Annual administration and progress report of the Indian Medical Department, Bombay
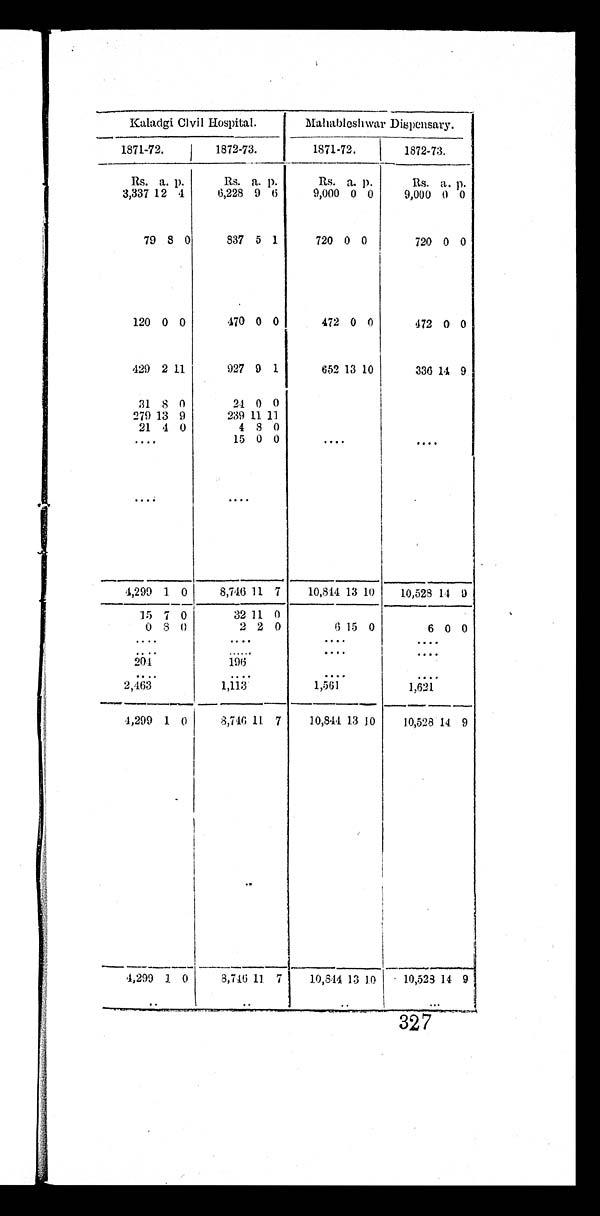
Kaladgi Clvil Hospital.
Mahableshwar Dispensary.
1 8 7 1 - 7 2 .
1872-73.
1871-72.
1872-73.
Rs. a. p.
Rs. a. p.
Rs. a. p.
Rs. a. p.
3,337 12 4
6,228 9 6
9,000 0 0
9,000 0 0
79 8 0
837 5 1
720 0 0
720 0 0
120 0 0
470 0 0
472 0 0
472 0 0
429 2 11
927 9 1
652 13 10
336 14 9
31 8
0
24 0
0
279 13 9
239 11 11
21 4 0
4 8 0
. . .
15 0 0
. . .
. . .
. . .
. . .
4,299 1 0
8,746 11 7
10,844 13 10
10,523 14 9
15 7 0
32 11 0
0
8 0
2 2 0
6 15 0
6 0 0
. . .
. . .
. . .
. . .
. . .
. . .
. . .
. . .
2 0 4
196
. . .
. . .
. . .
. . .
2,463
1,113
1,561
1,621
4,299 1 0
8,746 11 7
10,844 13
1 0
10,528 14 9
4,299 1 0
8,746 11 7
10,844 13 10
10,528 14 9
. . .
. . .
. . .
327